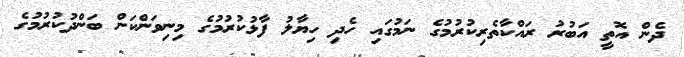
ދެން އޮތީ އަބުރު ރައްކާތެރިކުރުމުގެ ނަމުގައި ހެދި ހިޔާލު ފާޅުކުރުމުގެ މިނިވަންކަން ބަންދުކުރުމުގެ